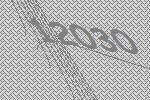
12030